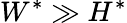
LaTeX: W^{*}\gg H^{*}